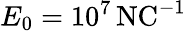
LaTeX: E_{0}=10^{7}\, \mathrm{NC^{-1}}